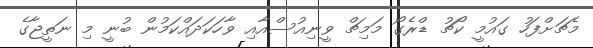
މެޗަށްފަހު ގައުމީ ކޯޗު ޑްރެގޯ މަމިޗް ވީނިއުސްއާއި ވާހަކަދައްކަމުން ބުނީ މި ނަތީޖާގެ